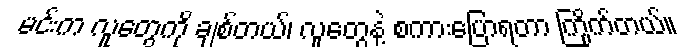
မင်းက လူတွေကို ချစ်တယ်၊ လူတွေနဲ့ စကားပြောရတာ ကြိုက်တယ်။